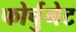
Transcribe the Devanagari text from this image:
फोर्चुनेट